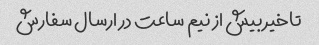
تاخیر بیش از نیم ساعت در ارسال سفارش